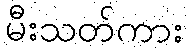
မီးသတ်ကား